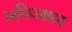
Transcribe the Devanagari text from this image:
अधिआसन